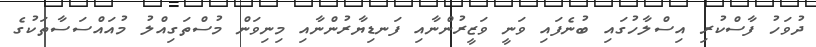
ދުވަހު ފާސްކުރި އިސްލާހުގައި ބުނެފައި ވަނީ ވަޒީރުންނާއި ފަނޑިޔާރުންނާއި މިނިވަން މުސްތަގިއްލު މުއައްސަސާތަކުގެ